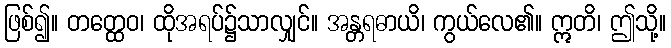
ဖြစ်၍။ တတ္ထေဝ၊ ထိုအရပ်၌သာလျှင်။ အန္တရဓာယိ၊ ကွယ်လေ၏။ ဣတိ၊ ဤသို့။